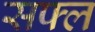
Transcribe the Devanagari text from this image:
सफ्ल